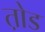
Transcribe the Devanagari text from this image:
त़ोड